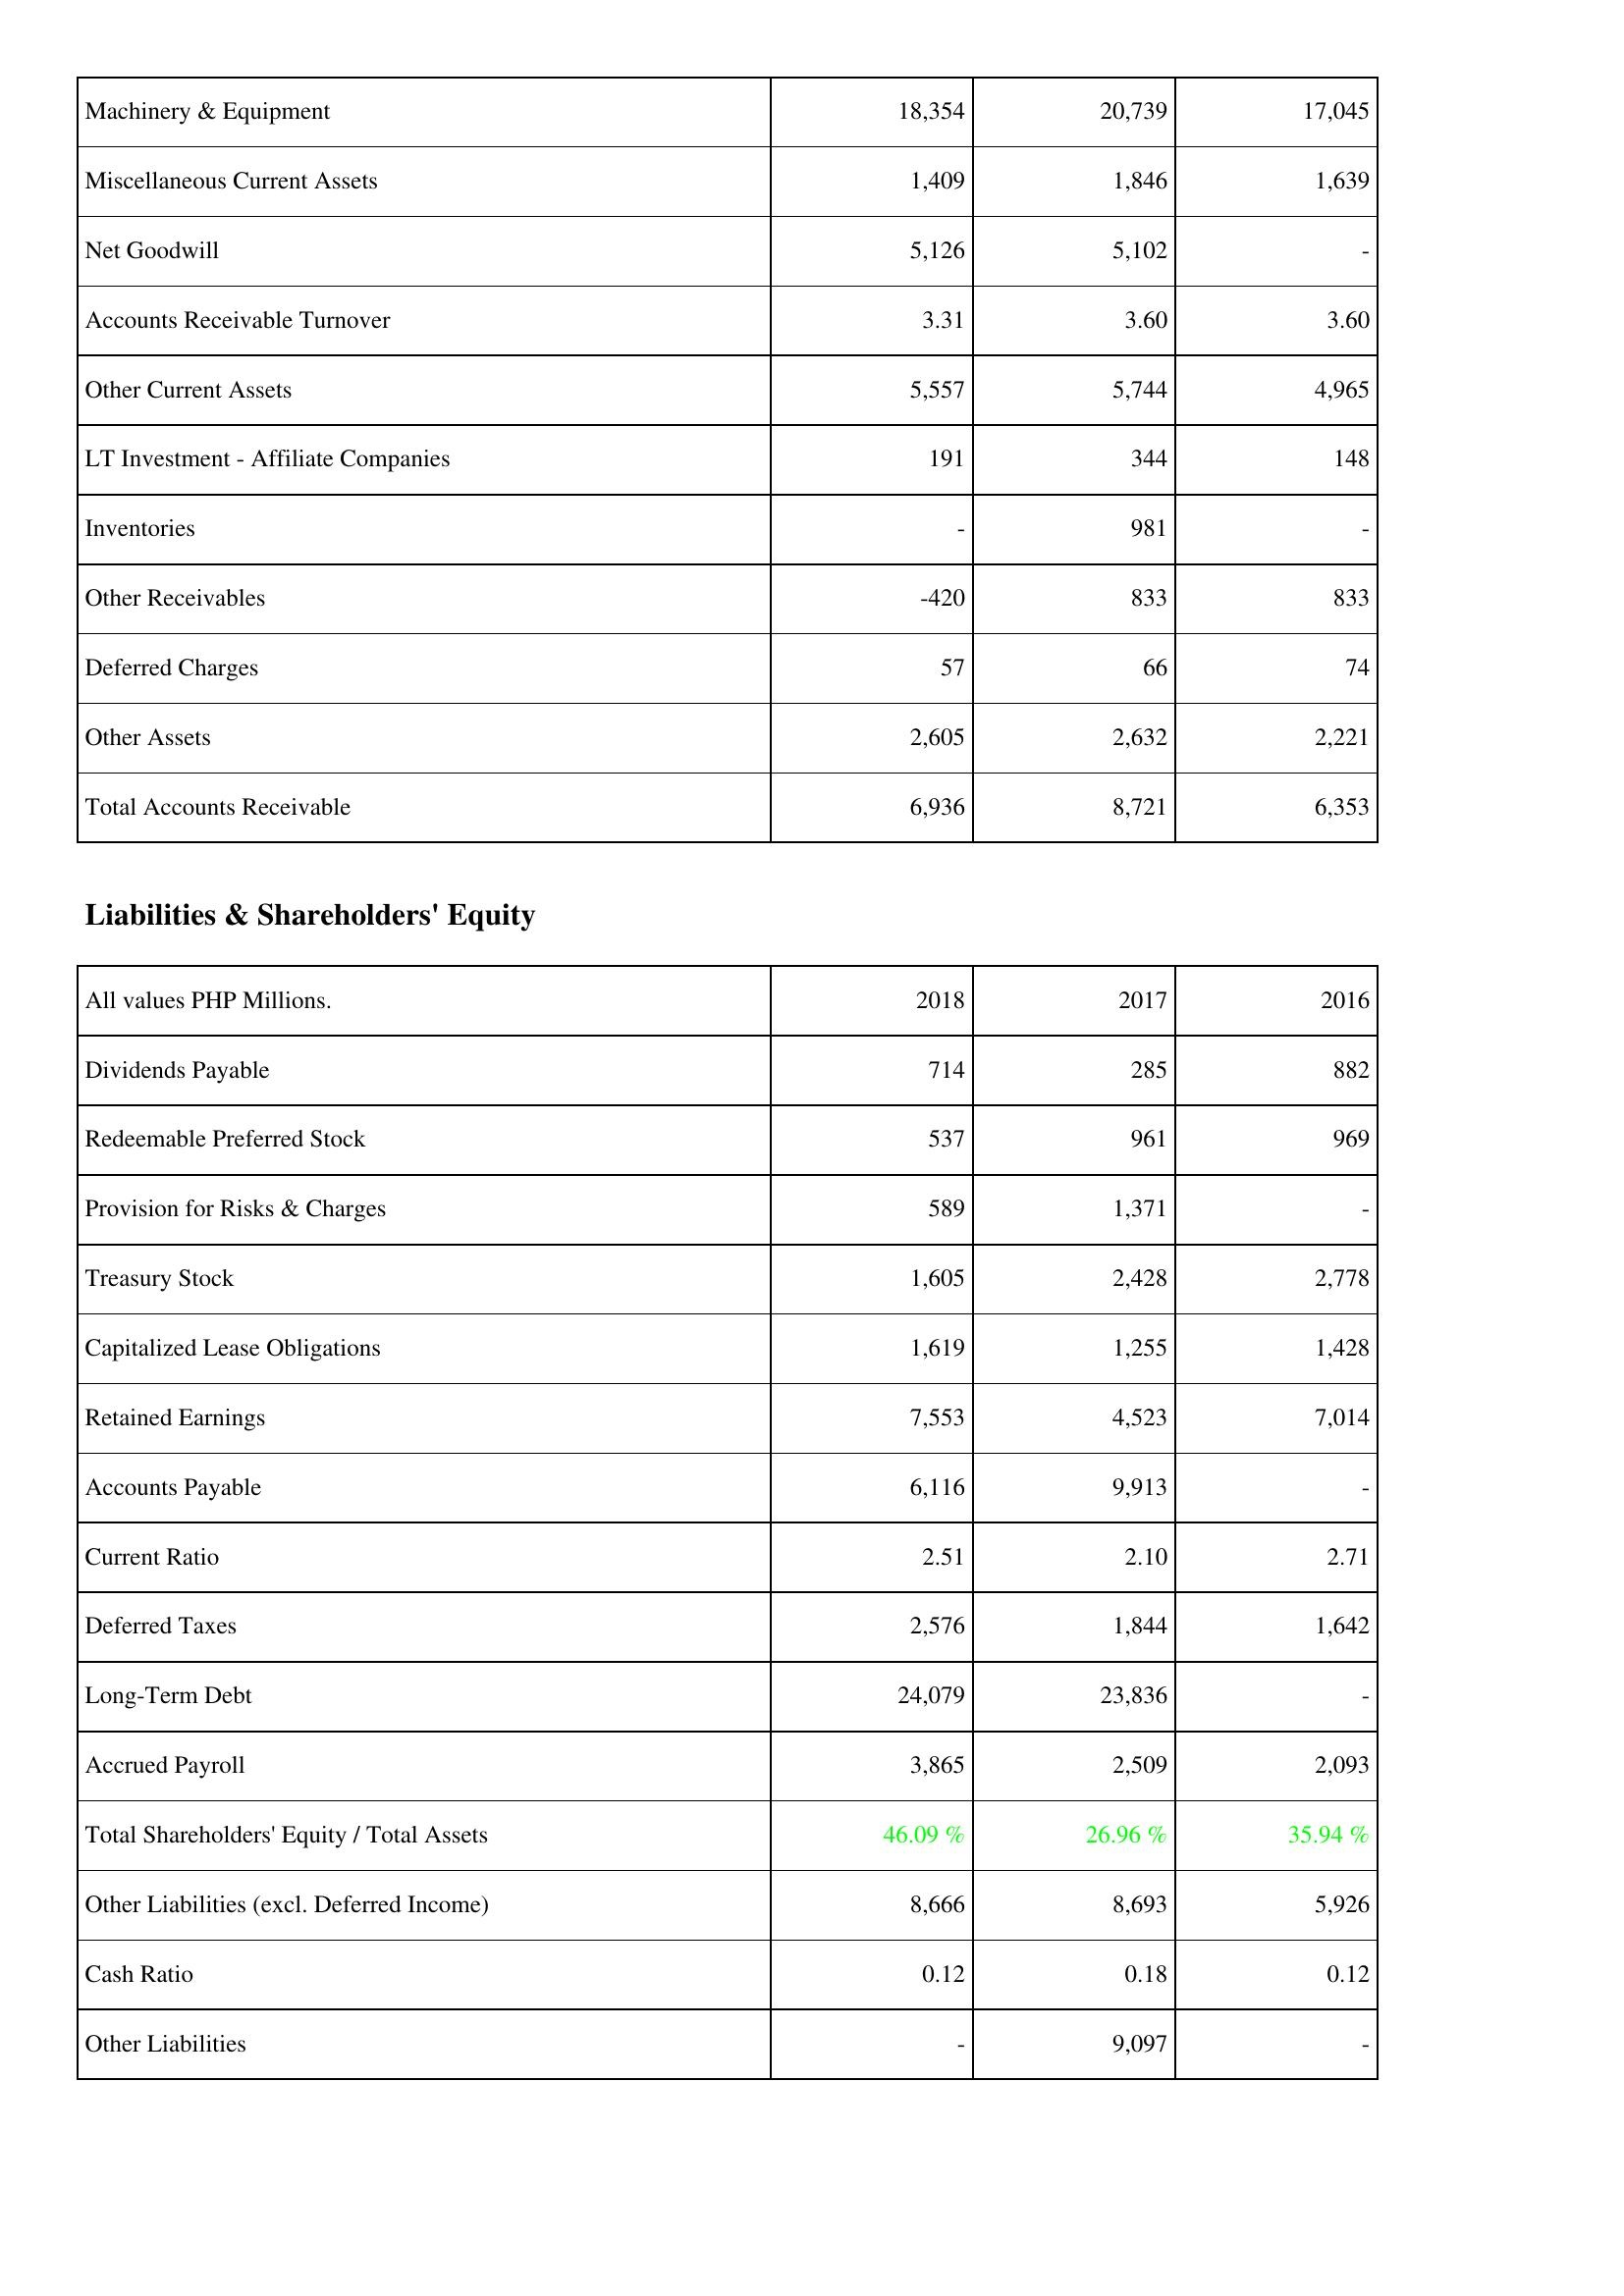
2018: Assets: Machinery & Equipment: 18,354
Miscellaneous Current Assets: 1,409
Net Goodwill: 5,126
Accounts Receivable Turnover: 3.31
Other Current Assets: 5,557
LT Investment - Affiliate Companies: 191
Inventories: -
Other Receivables: -420
Deferred Charges: 57
Other Assets: 2,605
Total Accounts Receivable: 6,936
Liabilities & Shareholders' Equity: Dividends Payable: 714
Redeemable Preferred Stock: 537
Provision for Risks & Charges: 589
Treasury Stock: 1,605
Capitalized Lease Obligations: 1,619
Retained Earnings: 7,553
Accounts Payable: 6,116
Current Ratio: 2.51
Deferred Taxes: 2,576
Long-Term Debt: 24,079
Accrued Payroll: 3,865
Total Shareholders' Equity / Total Assets: 46.09 %
Other Liabilities (excl. Deferred Income): 8,666
Cash Ratio: 0.12
Other Liabilities: -
2017: Assets: Machinery & Equipment: 20,739
Miscellaneous Current Assets: 1,846
Net Goodwill: 5,102
Accounts Receivable Turnover: 3.60
Other Current Assets: 5,744
LT Investment - Affiliate Companies: 344
Inventories: 981
Other Receivables: 833
Deferred Charges: 66
Other Assets: 2,632
Total Accounts Receivable: 8,721
Liabilities & Shareholders' Equity: Dividends Payable: 285
Redeemable Preferred Stock: 961
Provision for Risks & Charges: 1,371
Treasury Stock: 2,428
Capitalized Lease Obligations: 1,255
Retained Earnings: 4,523
Accounts Payable: 9,913
Current Ratio: 2.10
Deferred Taxes: 1,844
Long-Term Debt: 23,836
Accrued Payroll: 2,509
Total Shareholders' Equity / Total Assets: 26.96 %
Other Liabilities (excl. Deferred Income): 8,693
Cash Ratio: 0.18
Other Liabilities: 9,097
2016: Assets: Machinery & Equipment: 17,045
Miscellaneous Current Assets: 1,639
Net Goodwill: -
Accounts Receivable Turnover: 3.60
Other Current Assets: 4,965
LT Investment - Affiliate Companies: 148
Inventories: -
Other Receivables: 833
Deferred Charges: 74
Other Assets: 2,221
Total Accounts Receivable: 6,353
Liabilities & Shareholders' Equity: Dividends Payable: 882
Redeemable Preferred Stock: 969
Provision for Risks & Charges: -
Treasury Stock: 2,778
Capitalized Lease Obligations: 1,428
Retained Earnings: 7,014
Accounts Payable: -
Current Ratio: 2.71
Deferred Taxes: 1,642
Long-Term Debt: -
Accrued Payroll: 2,093
Total Shareholders' Equity / Total Assets: 35.94 %
Other Liabilities (excl. Deferred Income): 5,926
Cash Ratio: 0.12
Other Liabilities: -